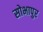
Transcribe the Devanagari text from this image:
सोभापुर